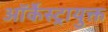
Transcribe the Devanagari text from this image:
ऑर्केस्ट्रायुक्त